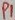
Text: P1